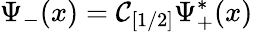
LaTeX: \Psi_{-}(x)={\cal C}_{[1/2]}\Psi_{+}^{\ast}(x)